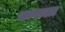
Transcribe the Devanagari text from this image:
लावाला